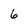
Character: 6